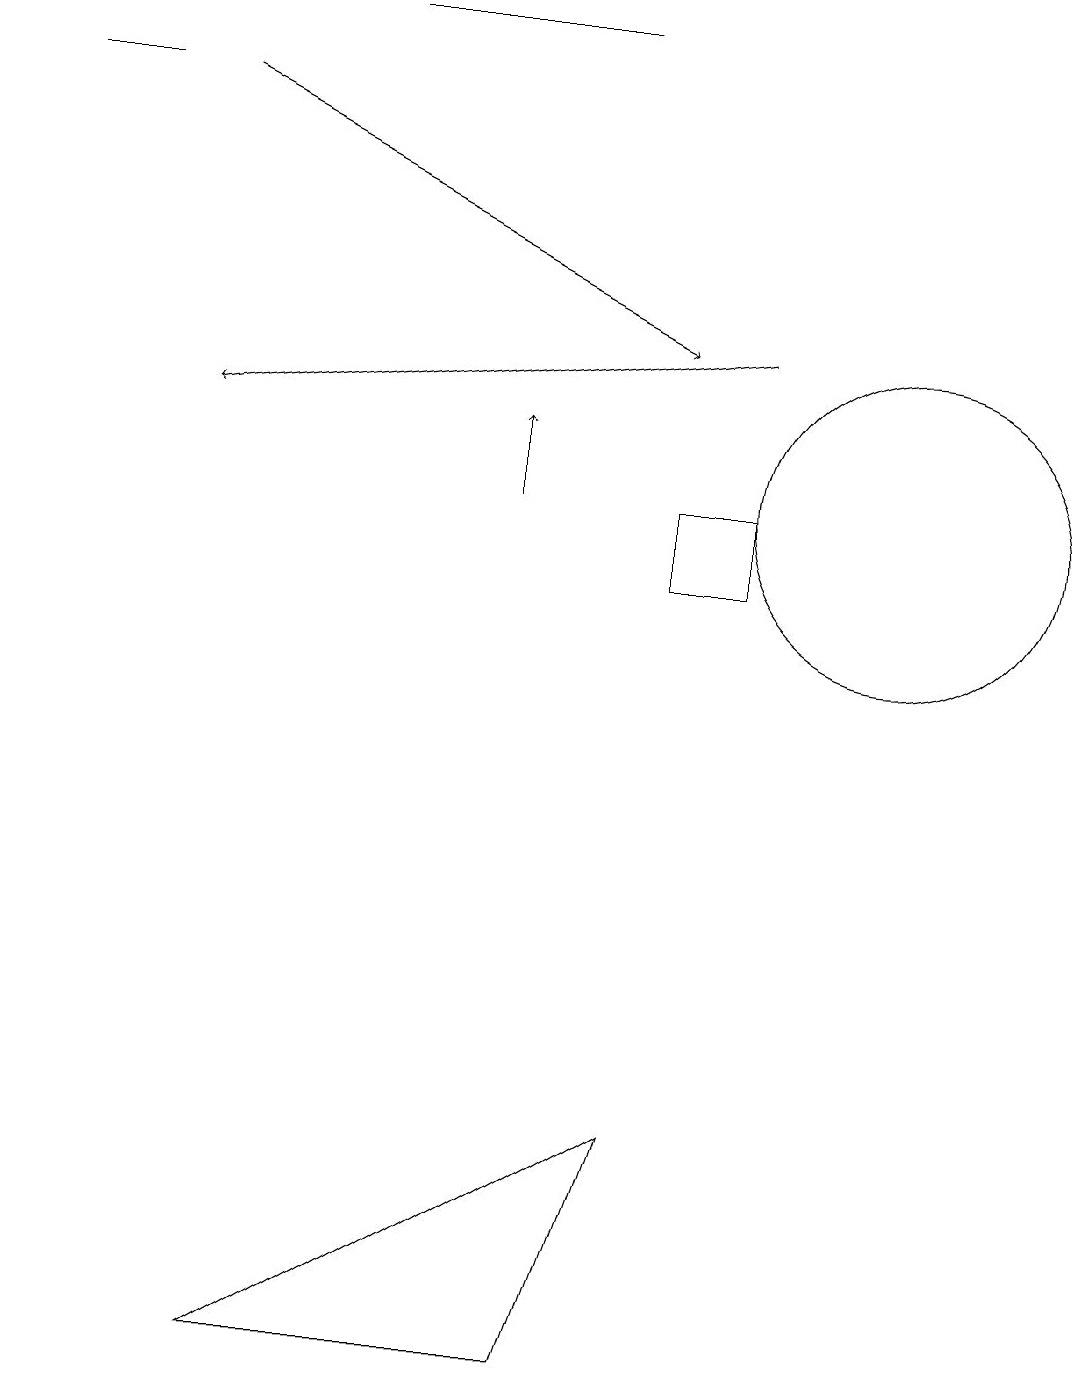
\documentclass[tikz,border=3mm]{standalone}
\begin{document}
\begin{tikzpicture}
\draw (11,12) circle (2);
\draw (1,17) rectangle (0,17);
\draw[->] (9,14) -- (2,13);
\draw (7,18) rectangle (4,18);
\draw[->] (2,17) -- (8,14);
\draw[->] (6,12) -- (6,13);
\draw (8,4) -- (7,1) -- (3,1) -- cycle;
\draw (8,12) rectangle (9,11);
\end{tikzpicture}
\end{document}